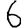
Digit: 6